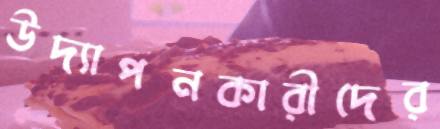
উদ্যাপনকারীদের